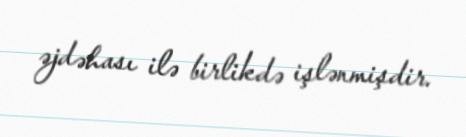
əjdəhası ilə birlikdə işlənmişdir.